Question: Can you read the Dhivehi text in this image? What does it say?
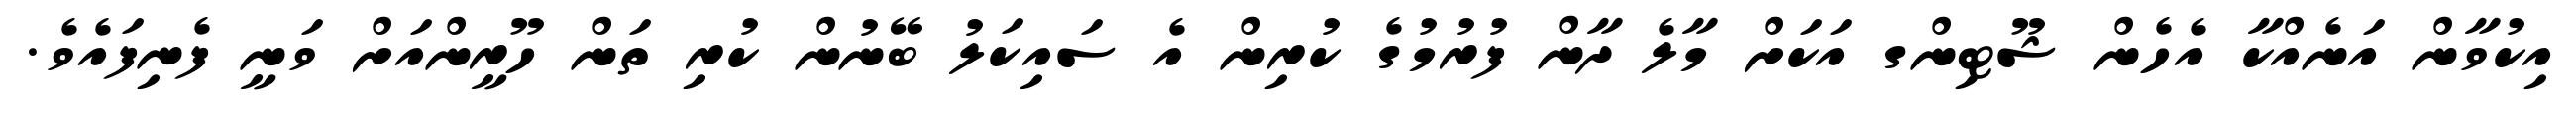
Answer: އިކުވާން އަނެއްކާ އެހެން ޝޫޓިންގ އަކަށް މާލެ ދާން ފުރުމުގެ ކުރިން އެ ސައިކަލު ބޭނުން ކުރި ތަން ހޫރީންއަށް ވަނީ ފެނިފައެވެ.